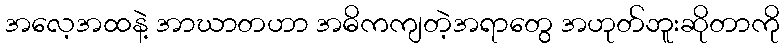
အလေ့အထနဲ့ အာဃာတဟာ အဓိကကျတဲ့အရာတွေ အဟုတ်ဘူးဆိုတာကို